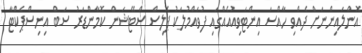
އޮންލައިންނަށް ދެއްވި ހާއްސަ އިންޓަވިއުއެއްގައި ފުވައްމުލަކު ޕޮލިސް ސްޓޭޝަން ކޮމާންޑަރު ސަބް އިނިސްޕެކްޓާ